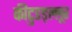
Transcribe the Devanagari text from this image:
कीटुङङ्ल्लूर